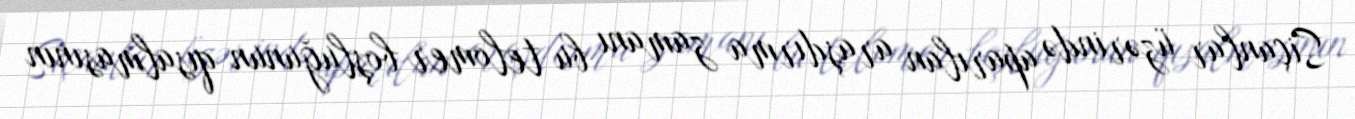
Siçanlar üzərində aparılan araşdırma zamanı bu telomer boşluğunun qısalmasının